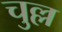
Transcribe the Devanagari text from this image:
चुल्ल